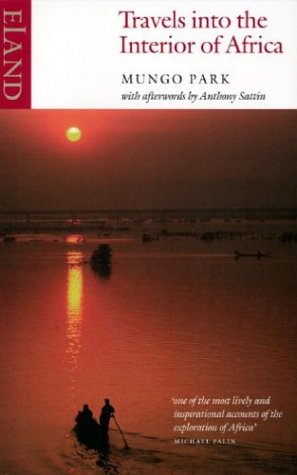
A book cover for Travels into the Interior of Africa; Mungo Park; Travel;